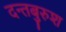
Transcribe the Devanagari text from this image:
दन्तबुरुश